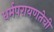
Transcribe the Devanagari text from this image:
धर्मपरायणतेची